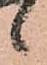
候